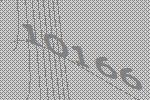
10166